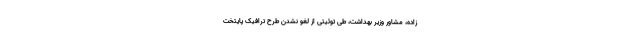
زاده، مشاور وزیر بهداشت، طی توئیتی از لغو نشدن طرح ترافیک پایتخت